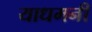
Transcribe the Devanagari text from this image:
याधमनी